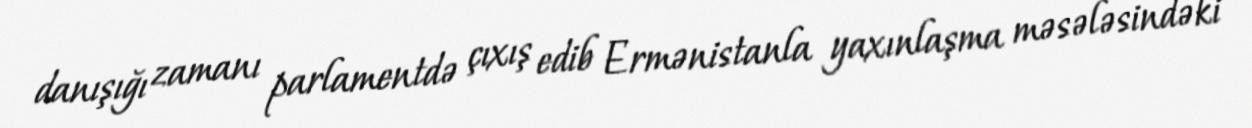
danışığı zamanı parlamentdə çıxış edib Ermənistanla yaxınlaşma məsələsindəki